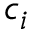
c _ { i }